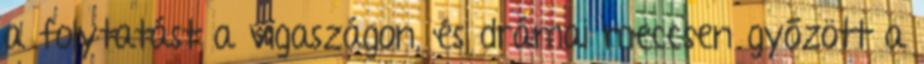
a folytatást a vigaszágon, és drámai meccsen győzött a